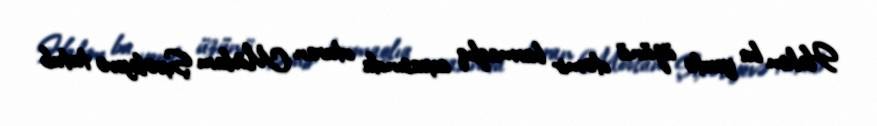
Hakim bu yerdə üzünü dəmir barmaqlıq arxasında oturan Mövlam Şıxəliyevə tutub